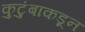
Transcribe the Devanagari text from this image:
कुटुंबाकडून